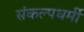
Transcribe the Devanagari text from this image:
संकल्पधर्मी